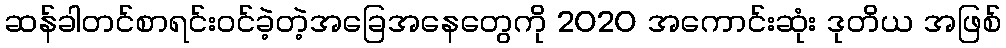
ဆန်ခါတင်စာရင်းဝင်ခဲ့တဲ့အခြေအနေတွေကို 2020 အကောင်းဆုံး ဒုတိယ အဖြစ်